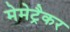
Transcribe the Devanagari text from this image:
मेमेट्रैकर